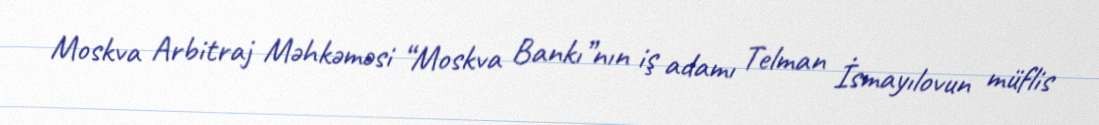
Moskva Arbitraj Məhkəməsi “Moskva Bankı”nın iş adamı Telman İsmayılovun müflis